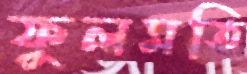
ফুলমতি